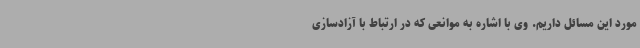
مورد این مسائل داریم. وی با اشاره به موانعی که در ارتباط با آزادسازی